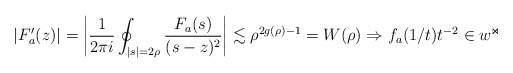
\begin{align*} |F_a'(z)|=\left|\frac{1}{2\pi i}\oint_{|s|=2\rho}\frac{F_a(s)}{(s-z)^2}\right|\lesssim\rho^{2g(\rho)-1}= W(\rho)\Rightarrow f_a(1/t)t^{-2}\in w^{\Join}\end{align*}